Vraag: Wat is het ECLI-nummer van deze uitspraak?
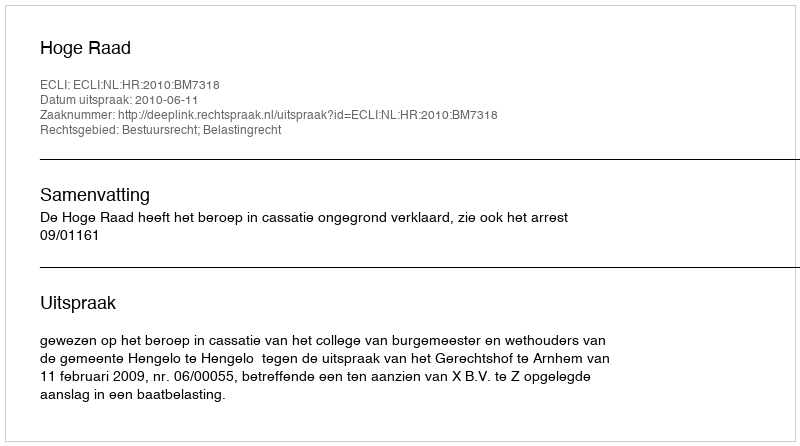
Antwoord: ECLI:NL:HR:2010:BM7318